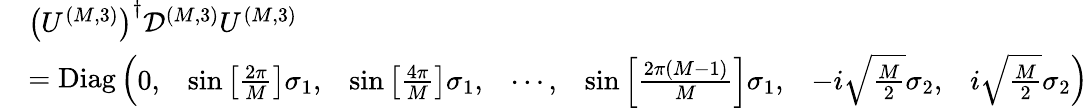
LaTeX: \begin{array}{rl}&{\left(U^{(M,3)}\right)^{\dagger}\mathcal{D}^{(M,3)}U^{(M,3)}}\\ &{=\mathrm{Diag}\left(\begin{array}{lllllll}{0,}&{\sin\left[\frac{2\pi}{M}\right]\sigma_{1},}&{\sin\left[\frac{4\pi}{M}\right]\sigma_{1},}&{\cdots,}&{\sin\left[\frac{2\pi\left(M-1\right)}{M}\right]\sigma_{1},}&{-i\sqrt{\frac{M}{2}}\sigma_{2},}&{i\sqrt{\frac{M}{2}}\sigma_{2}}\end{array}\right)}\end{array}